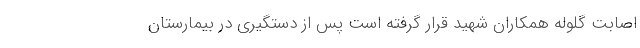
اصابت گلوله همکاران شهید قرار گرفته است پس از دستگیری در بیمارستان